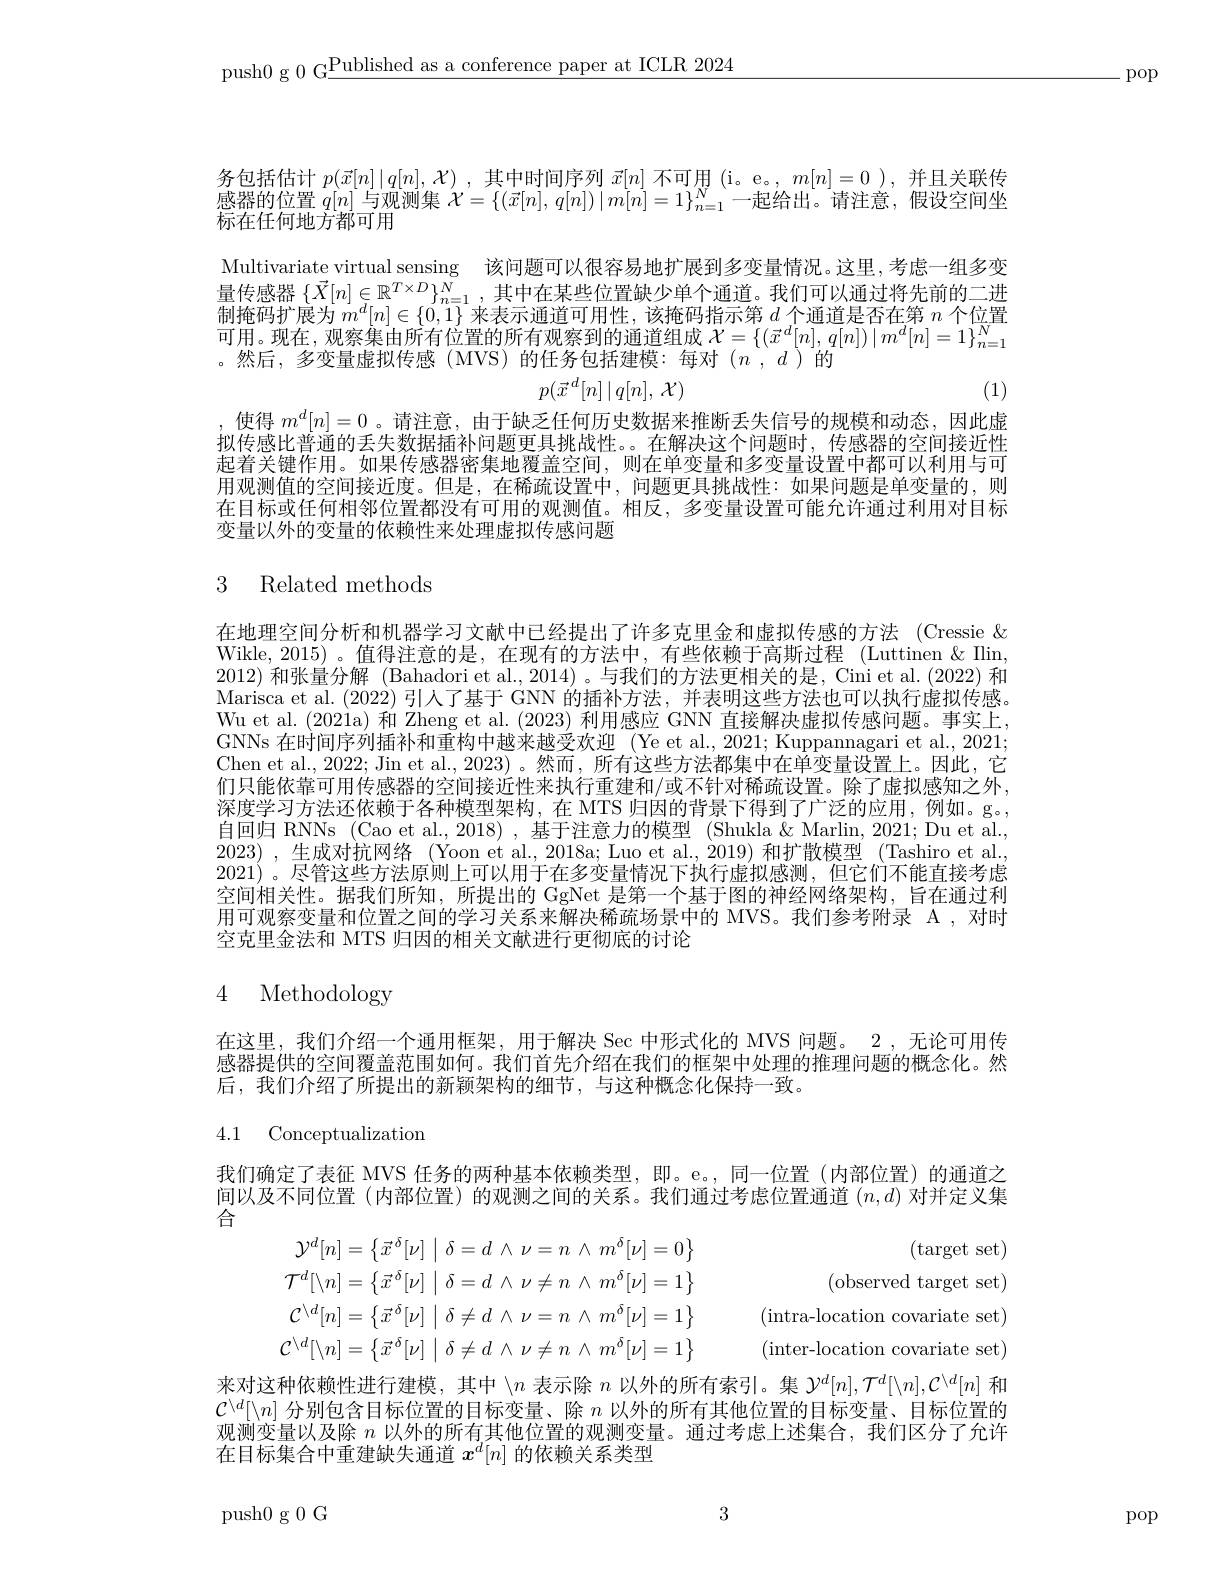
push0 g 0 G$\underline\text{Published as a conference paper at ICLR 2024}$

.pop

务包括估计$p(\vec{x}[n]\mid q[n],\mathcal{X})$ ,其中时间序列$\vec{x}[n]$不可用 (i。e。, $m[n]=0$ ),并且关联传感器的位置$q[n]$与观测集$\mathcal{X}=\{(\vec{x}[n],q[n])\mid m[n]=1\}_{n=1}^N$一起给出。请注意，假设空间坐

Multivariate virtual sensing 该问题可以很容易地扩展到多变量情况。这里，考虑一组多变量传感器$\{\vec{X}[n]\in\mathbb{R}^{T\times D}\}_{n=1}^N$,其中在某些位置缺少单个通道。我们可以通过将先前的二进制掩码扩展为$m^d[n]\in\{0,1\}$来表示通道可用性，该掩码指示第$d$个通道是否在第$n$个位置可用。现在，观察集由所有位置的所有观察到的通道组成$\mathcal{X}=\{(\vec{x}^d[n],q[n])\mid m^d[n]=1\}_{n=1}^N$ 。然后，多变量虚拟传感(MVS)的任务包括建模：每对$( n$ , $d$ )的
$$p(\vec{x}^d[n]\mid q[n],\:\mathcal{X})$$
(1)

使得$m^d[n]=0$ 。请注意，由于缺乏任何历史数据来推断丢失信号的规模和动态，因此虚

拟传感比普通的丢失数据插补问题更具挑战性。。在解决这个问题时，传感器的空间接近性起着关键作用。如果传感器密集地覆盖空间，则在单变量和多变量设置中都可以利用与可用观测值的空间接近度。但是，在稀疏设置中，问题更具挑战性：如果问题是单变量的，则在目标或任何相邻位置都没有可用的观测值。相反，多变量设置可能允许通过利用对目标变量以外的变量的依赖性来处理虚拟传感问题

## 3 Related methods

在地理空间分析和机器学习文献中已经提出了许多克里金和虚拟传感的方法 (Cressie & Wikle, 2015)。值得注意的是，在现有的方法中，有些依赖于高斯过程 (Luttinen&Ilin, 2012)和张量分解 (Bahadori et al., 2014) 。与我们的方法更相关的是，Cini et al. (2022) 和Marisca et al.(2022)引人了基于 GNN 的插补方法，并表明这些方法也可以执行虚拟传感。Wu et al. (2021a) 和 Zheng et al. (2023) 利用感应 GNN 直接解决虚拟传感问题。事实上， GNNs 在时间序列插补和重构中越来越受欢迎(Ye et al.,2021; Kuppannagari et al., 2021; Chen et al., 2022; Jin et al., 2023) 。然而，所有这些方法都集中在单变量设置上。因此，它们只能依靠可用传感器的空间接近性来执行重建和/或不针对稀疏设置。除了虚拟感知之外， 深度学习方法还依赖于各种模型架构，在 MTS 归因的背景下得到了广泛的应用，例如。g。, 自回归 RNNs (Cao et al.,2018) ,基于注意力的模型 (Shukla &Marlin,2021; Du et al., 2023) ,生成对抗网络 (Yoon et al., 2018a; Luo et al., 2019) 和扩散模型 (Tashiro et al., 2021) 。尽管这些方法原则上可以用于在多变量情况下执行虚拟感测，但它们不能直接考虑空间相关性。据我们所知，所提出的 GgNet 是第一个基于图的神经网络架构，旨在通过利用可观察变量和位置之间的学习关系来解决稀疏场景中的 MVS。我们参考附录 A ,对时空克里金法和 MTS 归因的相关文献进行更彻底的讨论

### 4 Methodology

在这里，我们介绍一个通用框架，用于解决 Sec 中形式化的 MVS 问题。2 ,无论可用传感器提供的空间覆盖范围如何。我们首先介绍在我们的框架中处理的推理问题的概念化。然后，我们介绍了所提出的新颖架构的细节，与这种概念化保持一致。

4.1 Conceptualization

我们确定了表征 MVS 任务的两种基本依赖类型，即。e。,同一位置(内部位置)的通道之间以及不同位置 (内部位置) 的观测之间的关系。我们通过考虑位置通道$(n,d)$对并定义集合
$$\begin{aligned}\mathcal{Y}^{d}[n]&=\left\{\vec{x}^{\delta}[\nu]\:\Big|\:\delta=d\:\wedge\:\nu=n\:\wedge\:m^{\delta}[\nu]=0\right\}\text{(target set)}\\\mathcal{T}^{d}[\setminus n]&=\left\{\vec{x}^{\delta}[\nu]\:\Big|\:\delta=d\:\wedge\:\nu\neq n\:\wedge\:m^{\delta}[\nu]=1\right\}\text{(observed target set)}\\\mathcal{C}^{\setminus d}[n]&=\left\{\vec{x}^{\delta}[\nu]\:\Big|\:\delta\neq d\:\wedge\:\nu=n\:\wedge\:m^{\delta}[\nu]=1\right\}\text{(intra-location covariate set)}\\\mathcal{C}^{\setminus d}[\setminus n]&=\left\{\vec{x}^{\delta}[\nu]\:\Big|\:\delta\neq d\:\wedge\:\nu\neq n\:\wedge\:m^{\delta}[\nu]=1\right\}\text{(inter-location covariate set)}\\\text{(111111111111111111111111111111111111111111111111111111111111111111111111111111111111111111111111111111111111111111111111111111111111111111111111111111111111111111111111111111111111111111111111111111111111111111111111111111111111111111111111111111111111111111111111111111111111111111111111111111111111111111111111111111111111111111111111111111111111111111111111111111111111111111111111111111111111111111111111111111111111111111111111111111111111111111111111111111111111111111111111111111111111111111111111111111111111111111111111111111111111111111111111111111111111111111111111111111111111111111111111111111111111111111111111111111111111111111111111111111111111111111111111111111111111111111111}\end{aligned}$$
来对这种依赖性进行建模，其中$\backslash n$表示除$n$以外的所有索引。集$\mathcal{Y}^d[n],\mathcal{T}^d[\backslash n],\mathcal{C}^{\setminus d}[n]$和$\mathcal{C}^{\setminus d}[\backslash n]$分别包含目标位置的目标变量、除$n$以外的所有其他位置的目标变量、目标位置的观测变量以及除$n$以外的所有其他位置的观测变量。通过考虑上述集合，我们区分了允许在目标集合中重建缺失通道$x^d[n]$的依赖关系类型

3

push0g0G

pop